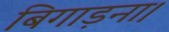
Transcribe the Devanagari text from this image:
बिगाड़ना।